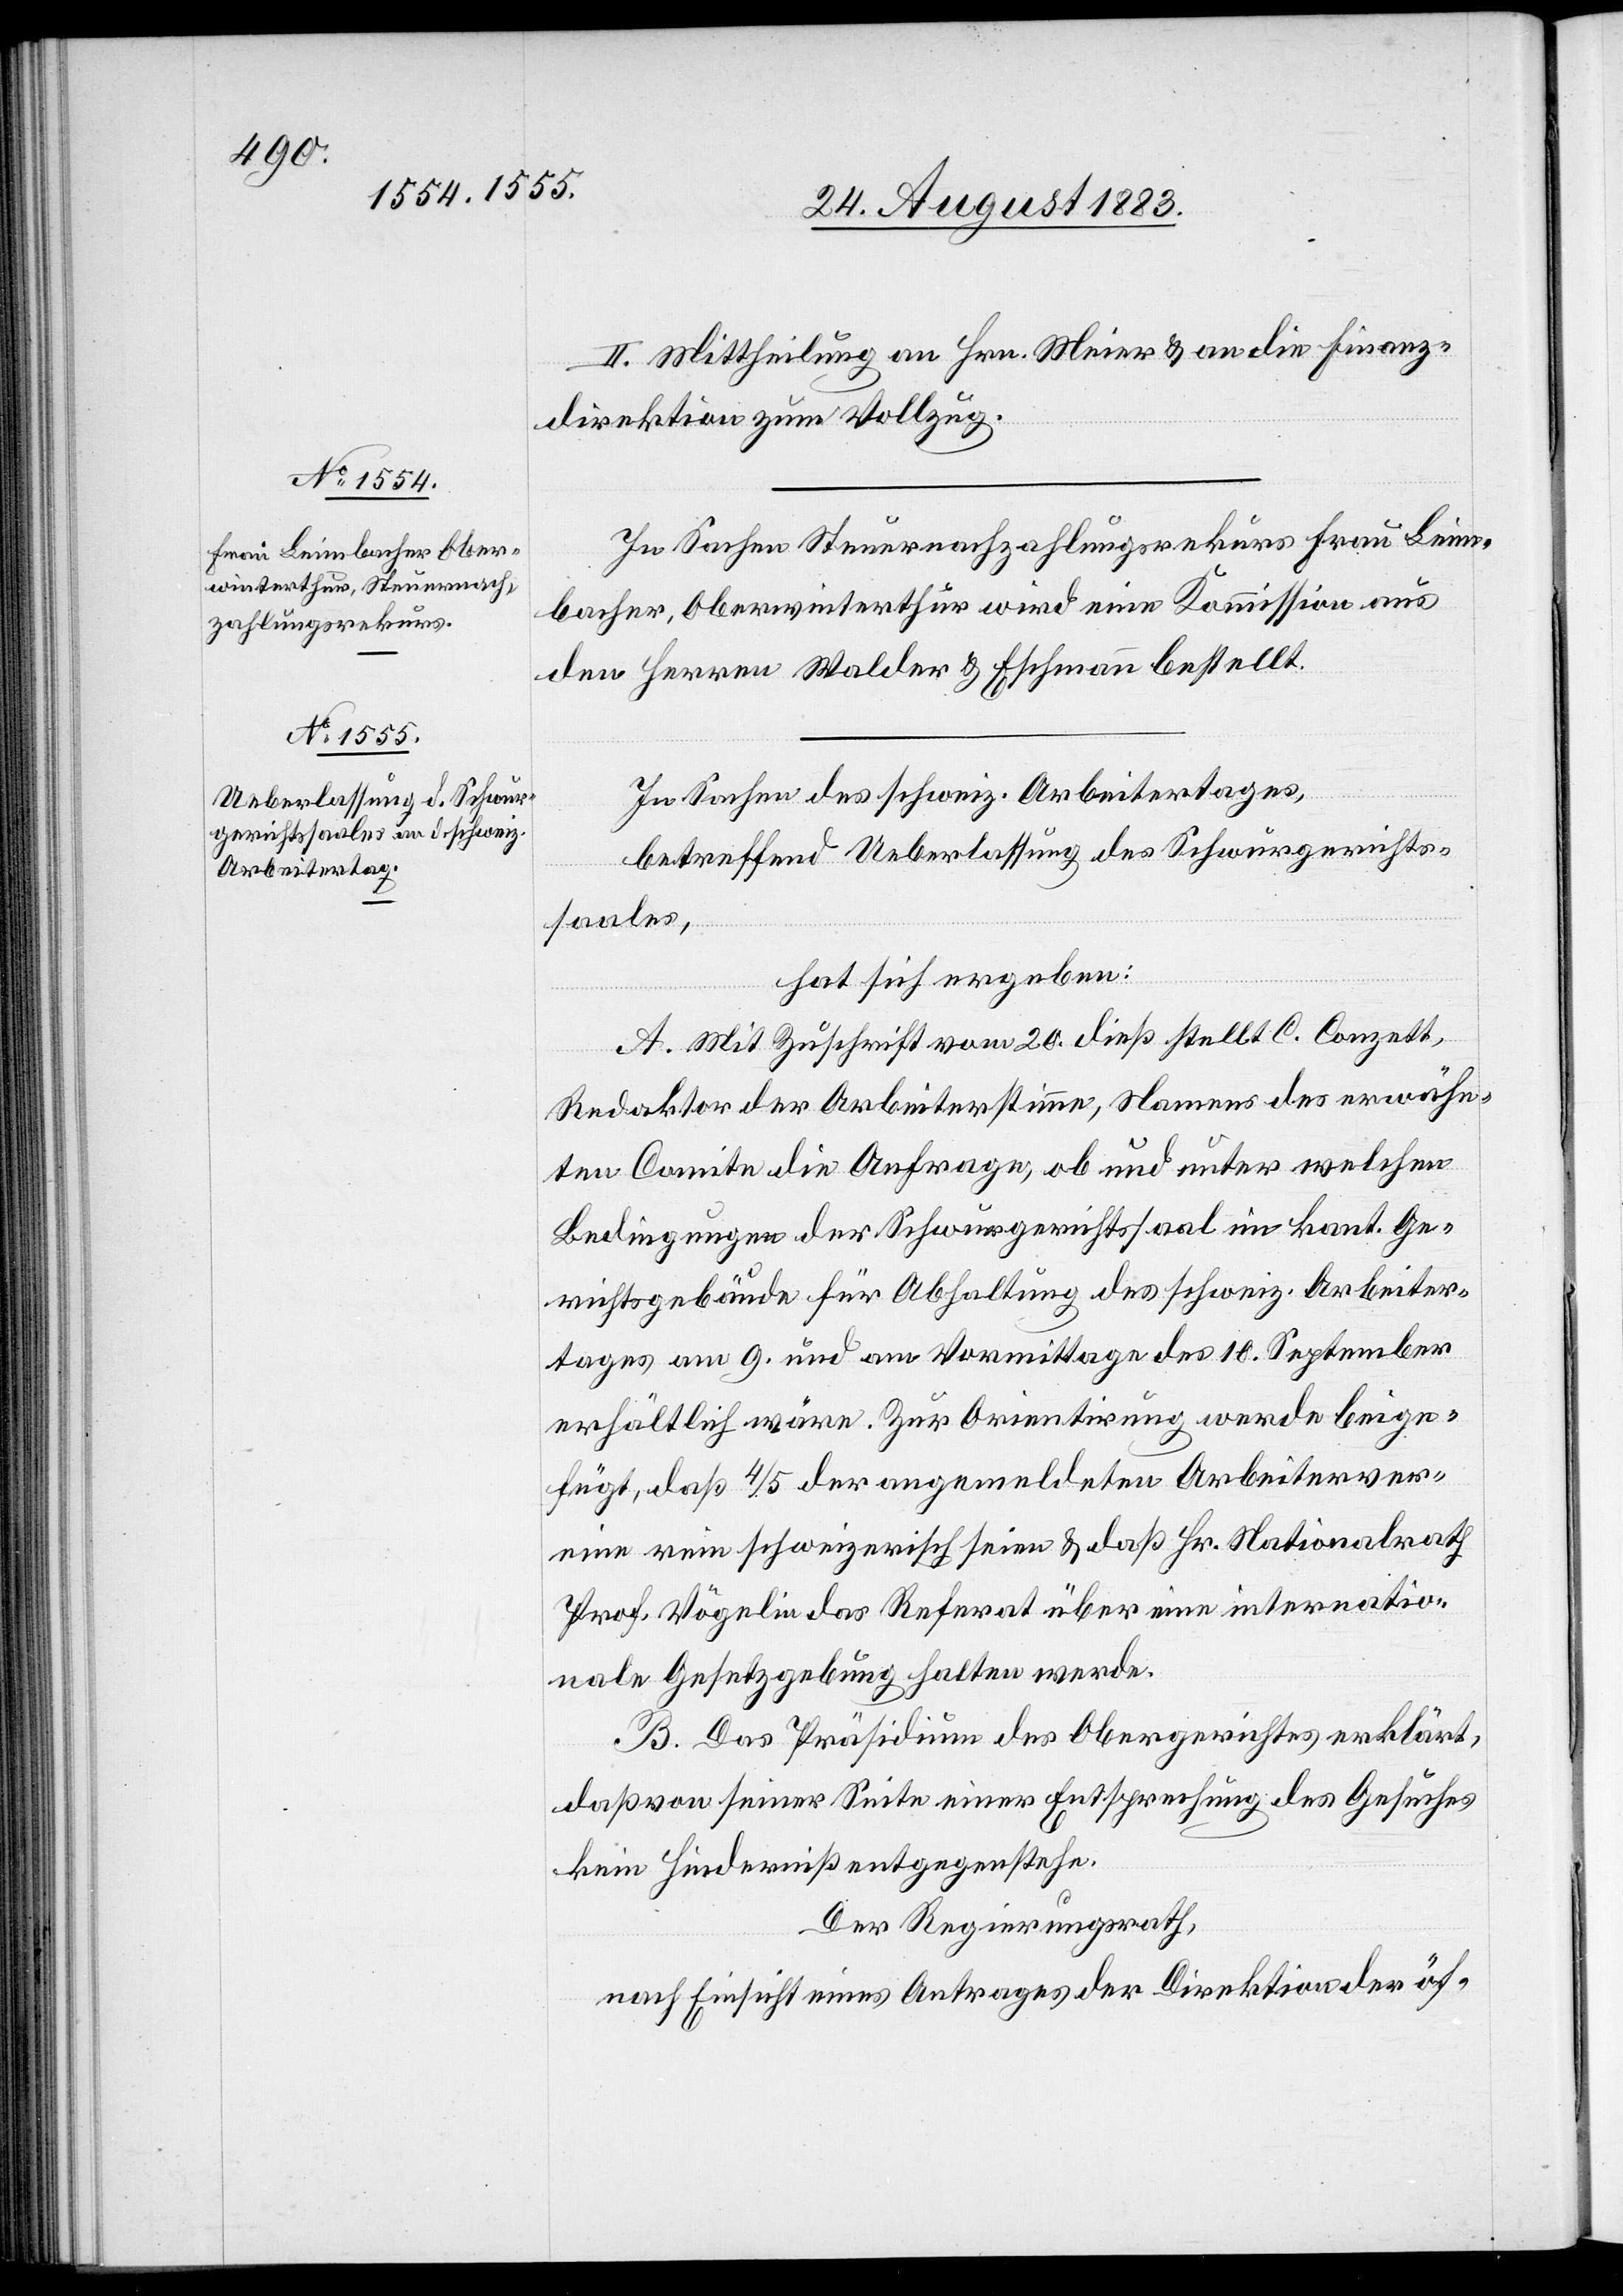
II. Mittheilung an Hrn. Meier & an die Finanz¬
direktion zum Vollzug.
In Sachen Steuernachzahlungsrekurs Frau Leim¬
bacher, Oberwinterthur wird eine Kommission aus
den Herren Walder & Eschmann bestellt.
In Sachen des schweiz. Arbeitertages,
betreffend Ueberlassung des Schwurgerichts¬
saales,
hat sich ergeben:
A. Mit Zuschrift vom 20. dieß stellt C. Conzett,
Redaktor der Arbeiterstimme, Namens des erwähn¬
ten Comite die Anfrage, ob und unter welchen
Bedingungen der Schwurgerichtssaal im kant. Ge¬
richtsgebäude für Abhaltung der schweiz. Arbeiter¬
tages am 9. und am Vormittage des 10. September
erhältlich wäre. Zur Orientirung werde beige¬
fügt, daß 4/5 der angemeldeten Arbeiterver¬
eine rein schweizerisch seien & daß Hr. Nationalrath
Prof. Vögelin das Referat über eine internatio¬
nale Gesetzgebung halten werde.
B. Das Präsidium des Obergerichtes erklärt,
daß von seiner Seite einer Entsprechung des Gesuches
kein Hinderniß entgegenstehe.
Der Regierungsrath,
nach Einsicht eines Antrages der Direktion der öf-